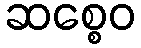
ဆစ္စေဝ